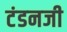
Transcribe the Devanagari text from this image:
टंडनजी